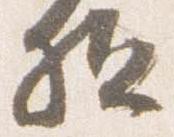
駈